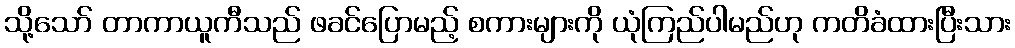
သို့သော် တာကာယူကီသည် ဖခင်ပြောမည့် စကားများကို ယုံကြည်ပါမည်ဟု ကတိခံထားပြီးသား